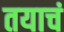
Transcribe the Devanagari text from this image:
तयाचं